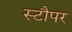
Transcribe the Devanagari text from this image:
स्टौपर